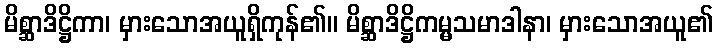
မိစ္ဆာဒိဋ္ဌိကာ၊ မှားသောအယူရှိကုန်၏။ မိစ္ဆာဒိဋ္ဌိကမ္မသမာဒါနာ၊ မှားသောအယူ၏